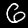
Digit: 6